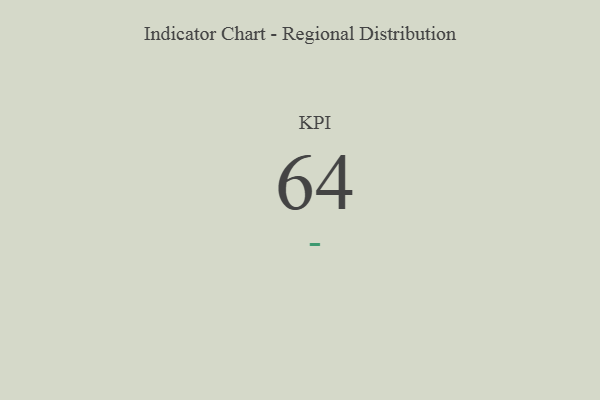
{"axis": {"x": "KPI", "y": "Value"}, "legend": [""], "data": [{"x": "KPI", "y": 64, "type": ""}]}